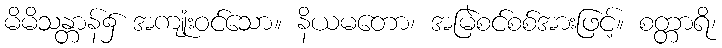
မိမိသန္တာန်၌ အကျုံးဝင်သော။ နိယမတော၊ အမြဲစင်စစ်အားဖြင့်။ စတ္တာရိ၊